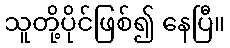
သူတို့ပိုင်ဖြစ်၍ နေပြီ။